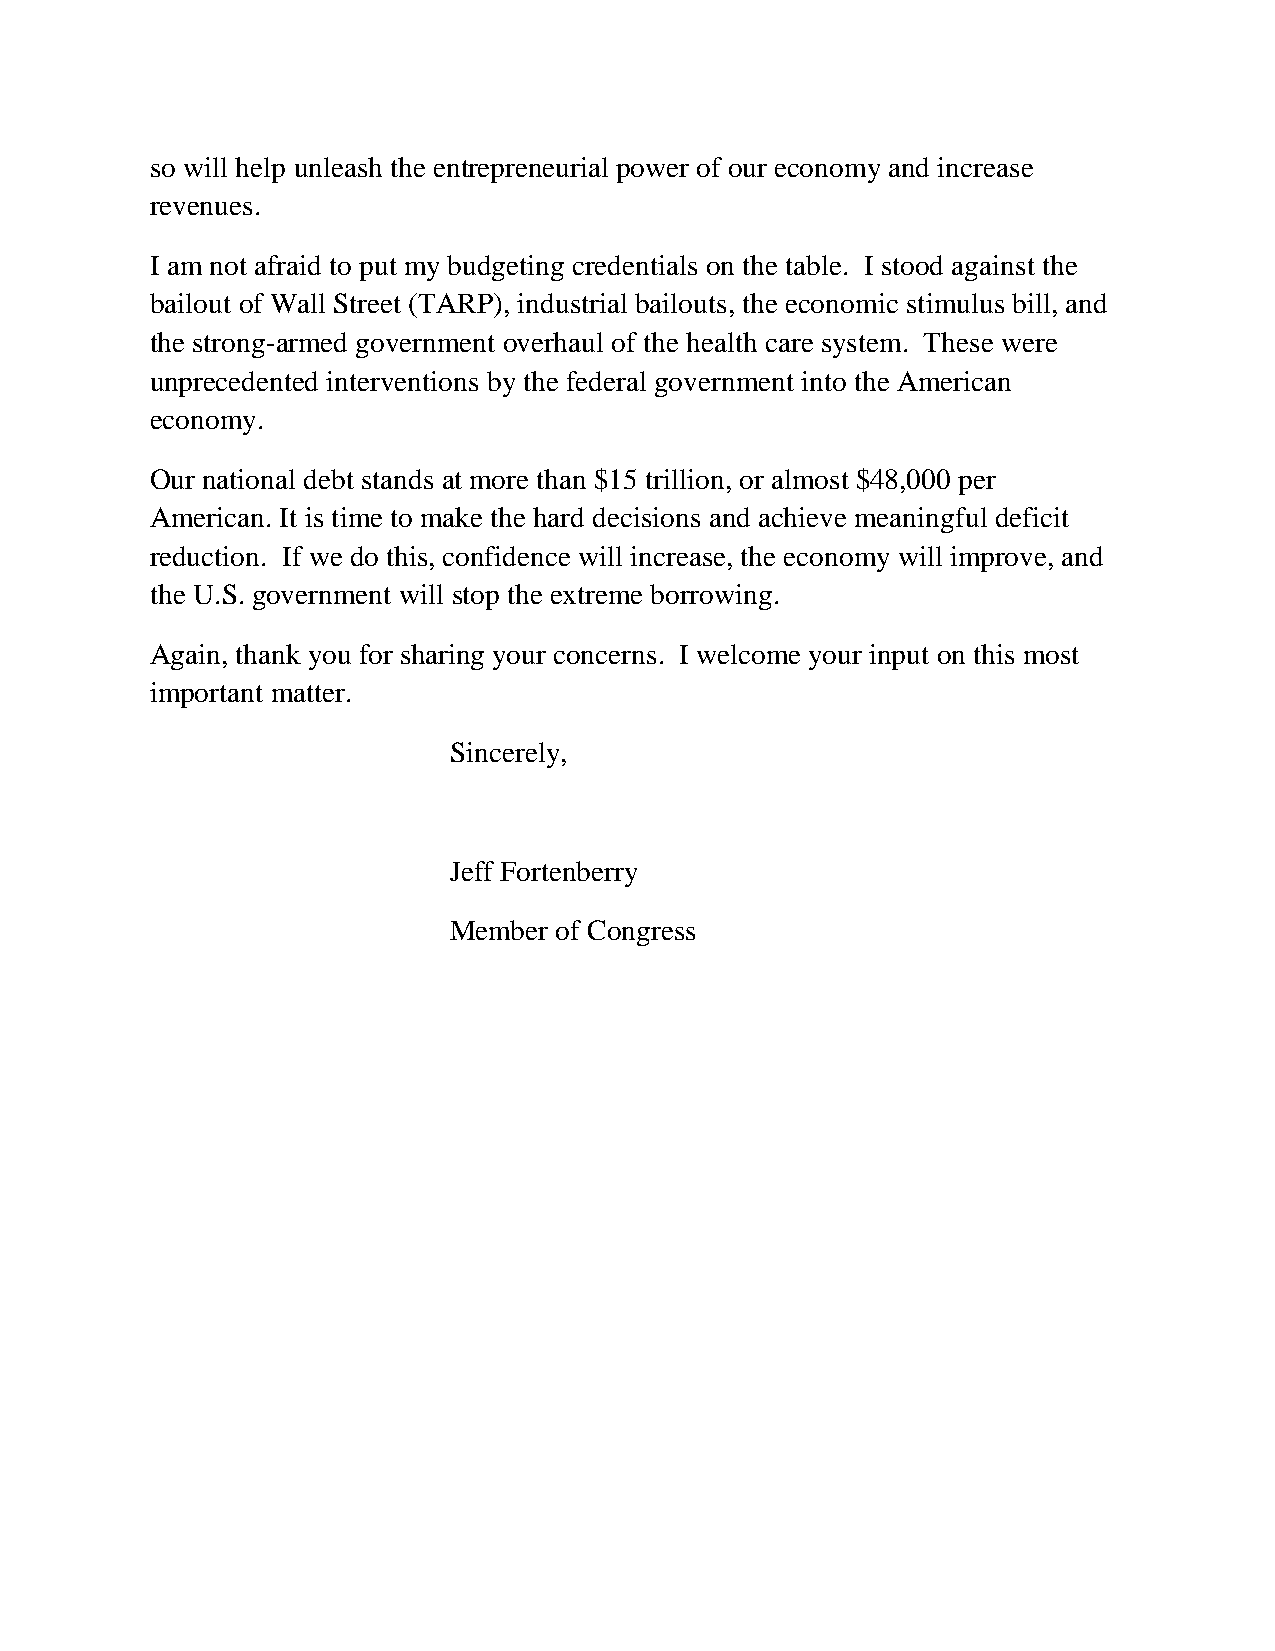
so will help unleash the entrepreneurial power of our economy and increase
 revenues.
 I am not afraid to put my budgeting credentials on the table. I stood against the
 bailout of Wall Street (TARP), industrial bailouts, the economic stimulus bill, and
 the strong-armed government overhaul of the health care system. These were
 unprecedented interventions by the federal government into the American
 economy.
 Our national debt stands at more than $15 trillion, or almost $48,000 per
 American. It is time to make the hard decisions and achieve meaningful deficit
 reduction. If we do this, confidence will increase, the economy will improve, and
 the U.S. government will stop the extreme borrowing.
 Again, thank you for sharing your concerns. I welcome your input on this most
 important matter.
 Sincerely,
 Jeff Fortenberry
 Member of Congress